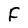
Character: F